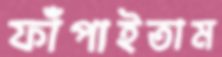
ফাঁপাইতাম